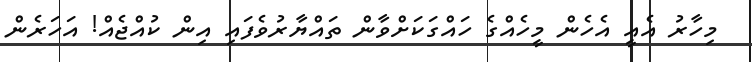
މިހާރު އެއީ އެހެން މީހެއްގެ ހައްގަކަށްވާން ތައްޔާރުވެފައި އިން ކުއްޖެއް! އަހަރެން